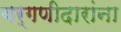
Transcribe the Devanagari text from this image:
वर्गणीदारांना